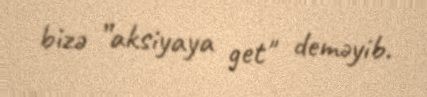
bizə ”aksiyaya get" deməyib.